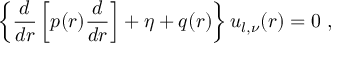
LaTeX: \left\{ \frac { d } { d r } \left[ p ( r ) \frac { d } { d r } \right] + \eta + q ( r ) \right\} u _ { l , \nu } ( r ) = 0 \; ,